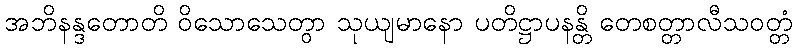
အဘိနန္ဒတောတိ ဝိသောသေတွာ သုယျမာနော ပတိဋ္ဌာပနန္တိ တေစတ္တာလီသဝတ္တံ